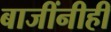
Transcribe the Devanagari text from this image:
बाजींनीही